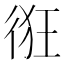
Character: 𢓯